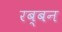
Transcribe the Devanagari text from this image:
रब्बन